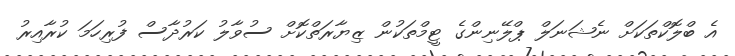
އެ ބްލޮކްތަކަށް ނެޝަނަލް ޕްލޭނިންގެ ޓީމްތަކުން ޒިޔާރަތްކޮށް ސުވާލު ކަރުދާސް ފުރިހަމަ ކުރާއިރު